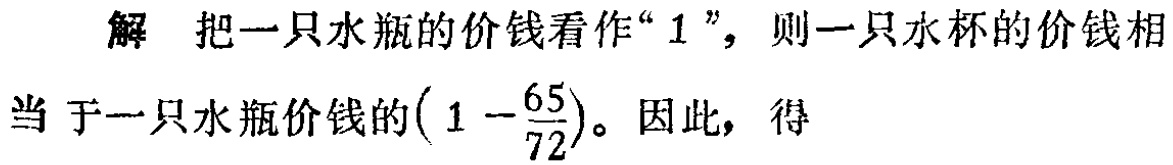
解 把一只水瓶的价钱看作“$1$”，则一只水杯的价钱相当于一只水瓶价钱的$\left(1 - \dfrac{65}{72}\right)$。因此，得